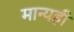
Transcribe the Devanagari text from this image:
मान्यही